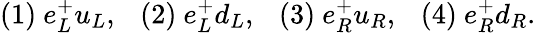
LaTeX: (1)~e_{L}^{+}u_{L},~~~(2)~e_{L}^{+}d_{L},~~~(3)~e_{R}^{+}u_{R},~~~(4)~e_{R}^{+}d_{R}.